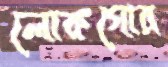
লোকগোর